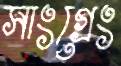
সাংগ্রেং